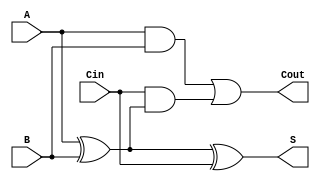
module FullAdder (
    input wire A,    // First input bit
    input wire B,    // Second input bit
    input wire Cin,  // Carry-in bit
    output wire S,   // Sum output
    output wire Cout  // Carry-out output
);

// Sum calculation using XOR gates
assign S = A ^ B ^ Cin;

// Carry-out calculation using AND and OR gates
assign Cout = (A & B) | (Cin & (A ^ B));

endmodule